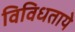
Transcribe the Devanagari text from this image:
विविधताये